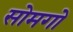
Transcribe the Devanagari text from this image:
सोमगो